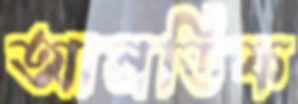
আনডিফ